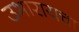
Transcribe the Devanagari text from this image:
उभारायचा